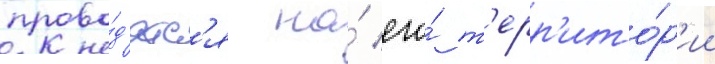
прово́д'ятс'я на́ его́ т'ерр'ито́р'ии